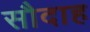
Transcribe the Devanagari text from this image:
सौदाह